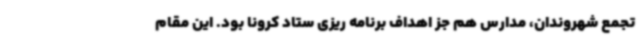
تجمع شهروندان، مدارس هم جز اهداف برنامه ریزی ستاد کرونا بود. این مقام